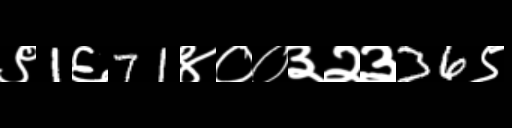
Text: ९1६71४००३२३36९